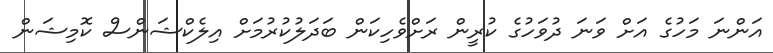
އަންނަ މަހުގެ އަށް ވަނަ ދުވަހުގެ ކުރީން ރަށްވެހިކަން ބަދަލުކުރުމަށް އިލެކްޝަންސް ކޮމިޝަން